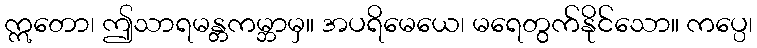
ဣတော၊ ဤသာရမန္တကမ္ဘာမှ။ အပရိမေယေ၊ မရေတွက်နိုင်သော။ ကပ္ပေ၊